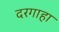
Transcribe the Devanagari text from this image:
दरगाहा